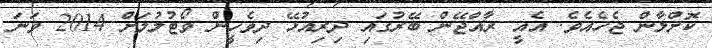
ކޮށްލާން ޖެހެއެވެ. އެއީ ރާއްޖޭން ބޭރުގައި ދިރިިއުޅޭ ދިވެހީން ވޯޓުލުމަށް 2014 ވަނަ